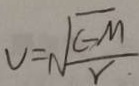
V = \sqrt { \frac { C - M } { r } }